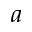
^ a